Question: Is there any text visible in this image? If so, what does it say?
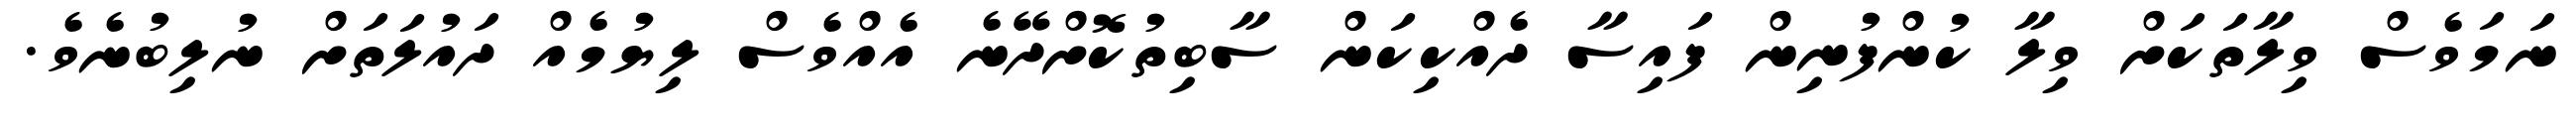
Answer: ނަމަވެސް ވިލާތަކަށް ވިލާ ކުންފުނިން ފައިސާ ދެއްކިކަން ސާބިތުކޮށްދޭނެ އެއްވެސް ލިޔުމެއް ދައުލަތަށް ނުލިބުނެވެ.